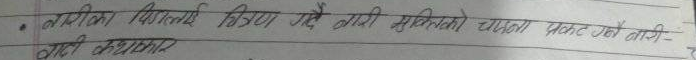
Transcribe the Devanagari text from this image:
तारिका बिमलाय बिमा दिईए गए कामी मुनिको जम्मा पोइन्ट जो तारी-
जाती अधिकार